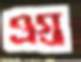
ওগ্‌র